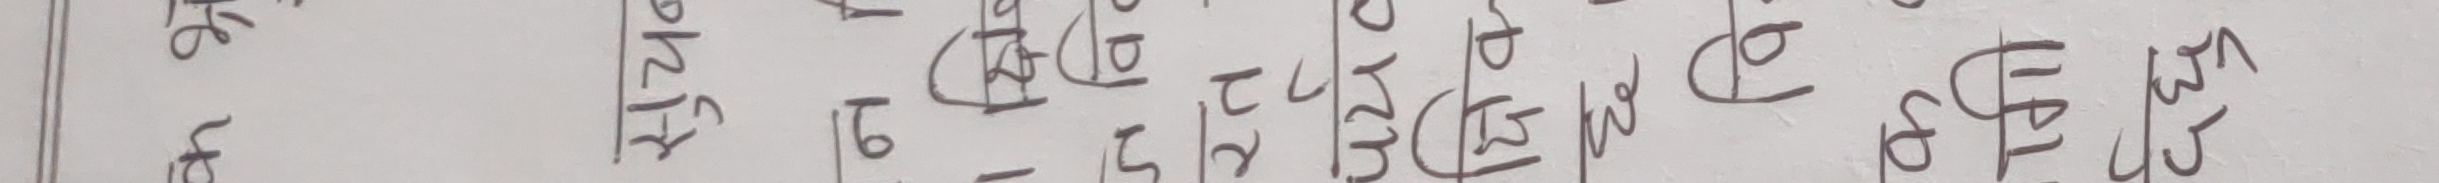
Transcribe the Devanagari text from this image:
भ के | अगाडि | १८ | १० | १६ | १२ | १३ | १४ | १५ | १६ | १७ | १८ | १९ | २० | २१ | २२ | २३ | २४ | २५ | २६ | २७ | २८ | २९ | ३० | ३१ | ३२ | ३३ | ३४ | ३५